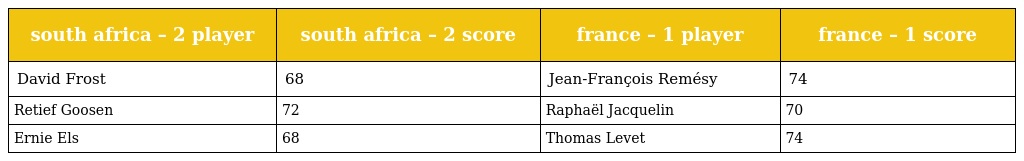
| south africa – 2 player | south africa – 2 score | france – 1 player | france – 1 score |
 | --- | --- | --- | --- |
 | David Frost | 68 | Jean-François Remésy | 74 |
 | Retief Goosen | 72 | Raphaël Jacquelin | 70 |
 | Ernie Els | 68 | Thomas Levet | 74 |